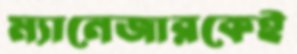
ম্যানেজারকেই